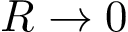
R \to 0